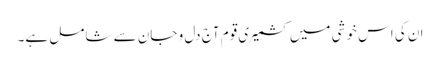
ان کی اس خوشی میں کشمیری قوم آج دل و جان سے شامل ہے۔